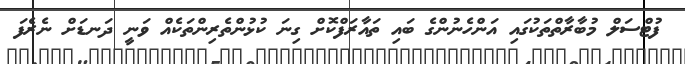
ފުޓްސަލް މުބާރާތްތަކުގައި އަންހެނުންގެ ބައި ތައާރަފްކޮށް ގިނަ ކުޅުންތެރިންތަކެއް ވަނީ ދަނޑަށް ނެރެފަ